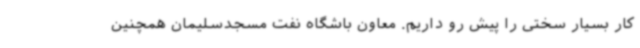
کار بسیار سختی را پیش رو داریم. معاون باشگاه نفت مسجدسلیمان همچنین